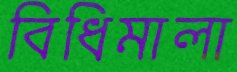
বিধিমালা